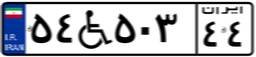
۵۴W۵۰۳۴۴